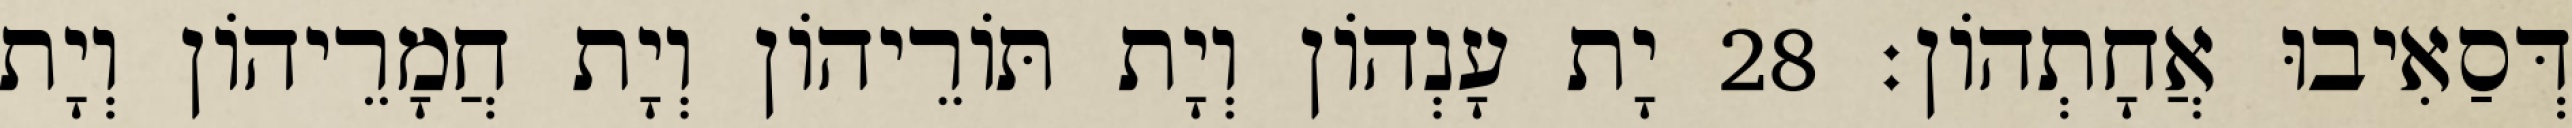
דְּסַאִיבוּ אֲחָתְהוֹן׃ 28 יָת עָנְהוֹן וְיָת תּוֹרֵיהוֹן וְיָת חֲמָרֵיהוֹן וְיָת